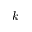
k